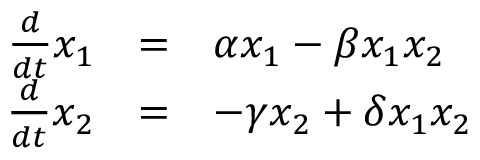
\begin{array} { r c l } { \frac { d } { d t } x _ { 1 } } & { = } & { \alpha x _ { 1 } - \beta x _ { 1 } x _ { 2 } } \\ { \frac { d } { d t } x _ { 2 } } & { = } & { - \gamma x _ { 2 } + \delta x _ { 1 } x _ { 2 } } \end{array}